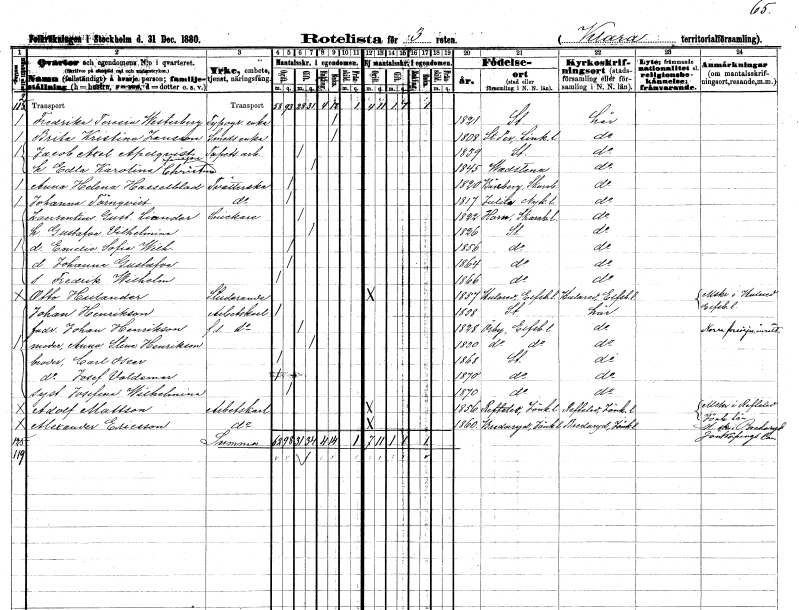
gt_parse: households: individuals: FN: Fredrika Teresia
EN: Westerberg
YRKE: Typografänka
KON: K
CIV: E
FODAR: 1821
FODFORS: Stockholm
FN: Brita Kristina
EN: Jansson
YRKE: Smedsänka
KON: K
CIV: E
FODAR: 1808
FODFORS: Sankt Pers kapell Östergötlands län
FN: Jacob Axel
EN: Apelqvist
YRKE: Tapetseriarbetare
KON: M
CIV: G
FODAR: 1839
FODFORS: Stockholm
FN: Edla Karolina Christina
EN: Jansson
KON: K
CIV: G
FODAR: 1845
FODFORS: Vadstena Östergötlands län
FN: Anna Helena
EN: Hasselblad
YRKE: Tvätterska
KON: K
CIV: O
FODAR: 1820
FODFORS: Bäreberg Skaraborgs län
FN: Johanna
EN: Törnqvist
YRKE: Tvätterska
KON: K
CIV: O
FODAR: 1817
FODFORS: Julita Södermanlands län
FN: Laurentius Gustaf
EN: Liander
YRKE: Snickare
KON: M
CIV: G
FODAR: 1822
FODFORS: Horn Skaraborgs län
FN: Gustafva Vilhelmina
KON: K
CIV: G
FODAR: 1826
FODFORS: Stockholm
FN: Emelie Sofia Wilhelmina
KON: K
CIV: O
FODAR: 1856
FODFORS: Stockholm
FN: Johanna Gustafva
KON: K
CIV: O
FODAR: 1864
FODFORS: Stockholm
FN: Fredrik Wilhelm
KON: M
CIV: O
FODAR: 1866
FODFORS: Stockholm
FN: Otto
EN: Hulander
YRKE: Studerande
KON: M
CIV: O
FODAR: 1857
FODFORS: Hulared Älvsborgs län
FN: Johan
EN: Henrikson
YRKE: Arbetskarl
KON: M
CIV: O
FODAR: 1858
FODFORS: Stockholm
FN: Johan
EN: Henrikson
YRKE: Arbetskarl f.d.
KON: M
CIV: G
FODAR: 1828
FODFORS: Örby Älvsborgs län
FN: Anna Stina
EN: Henrikson
KON: K
CIV: G
FODAR: 1830
FODFORS: Örby Älvsborgs län
FN: Carl Oscar
KON: M
CIV: O
FODAR: 1868
FODFORS: Stockholm
FN: Josef Valdemar
KON: M
CIV: O
FODAR: 1870
FODFORS: Stockholm
FN: Josefina Wilhelmina
KON: K
CIV: O
FODAR: 1870
FODFORS: Stockholm
FN: Adolf
EN: Mattson
YRKE: Arbetskarl
KON: M
CIV: O
FODAR: 1856
FODFORS: Reftele Jönköpings län
FN: Alexander
EN: Ericsson
YRKE: Arbetskarl
KON: M
CIV: O
FODAR: 1860
FODFORS: Bredaryd Jönköpings län